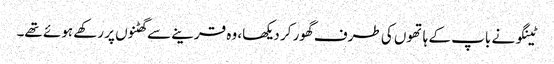
ٹینگو نے باپ کے ہاتھوں کی طرف گھور کر دیکھا، وہ قرینے سے گھٹنوں پر رکھے ہوئے تھے۔